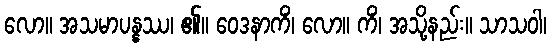
လော။ အသမာပန္နဿ၊ ၏။ ဝေဒနာကိံ၊ လော။ ကိံ၊ အသို့နည်း။ သာသဝါ၊